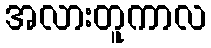
အလားတူကာလ